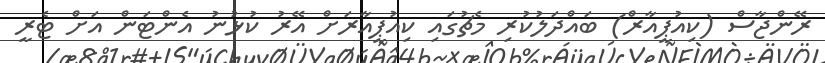
ރޭންޖާސް (ކިއުޕީއާރް) ބައްދަލުކުރި މެޗުގައި ކިއުޕީއާރަށް އޭރު ކުޅުނު އެންޓަން އަށް ޓެރީ